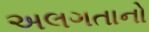
અલગતાનો